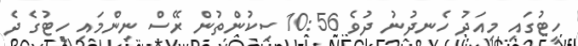
ހީޓުގައި މިއަދު ހެނދުނު ދުވެ 10:56 ސިކުންތުން ރޭސް ނިންމައި ހީޓުގެ ދެ